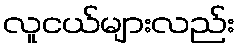
လူငယ်များလည်း